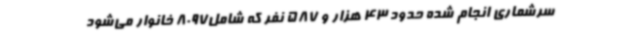
سرشماری انجام شده حدود 43 هزار و 587 نفر که شامل8097 خانوار می‌شود